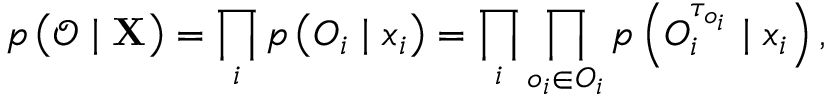
p \left( \boldsymbol { \mathcal { O } } \mid { \bf X } \right) = \prod _ { i } p \left( \boldsymbol { O } _ { i } \mid \boldsymbol { x } _ { i } \right) = \prod _ { i } \prod _ { o _ { i } \in \boldsymbol { O } _ { i } } p \left( O _ { i } ^ { \tau _ { o _ { i } } } \mid \boldsymbol { x } _ { i } \right) ,